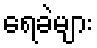
ရေခဲများ